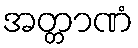
အတ္တာဏံ